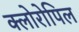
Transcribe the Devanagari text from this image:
क्लोरोपिल